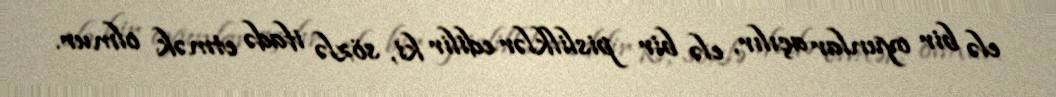
elə bir oyunlar açılır, elə bir pislilklər edilir ki, sözlə ifadə etmək olmur.